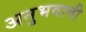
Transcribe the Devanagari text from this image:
अनुभवावी